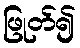
ဖြုတ်၍